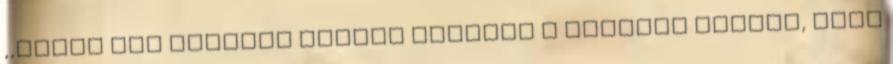
,,Apuék nem éheznek többet odalent A mennyei kenyér, amit